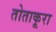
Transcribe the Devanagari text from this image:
तोताकूरा